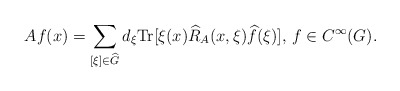
\begin{align*} Af(x)=\sum_{[\xi]\in \widehat{G}}d_\xi\textnormal{Tr}[\xi(x)\widehat{R}_{A}(x,\xi)\widehat{f}(\xi)],\,f\in C^\infty(G). \end{align*}